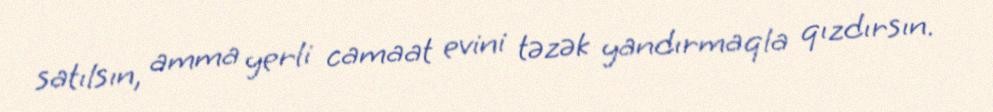
satılsın, amma yerli camaat evini təzək yandırmaqla qızdırsın.